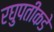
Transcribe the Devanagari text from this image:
रघुपतीकडे